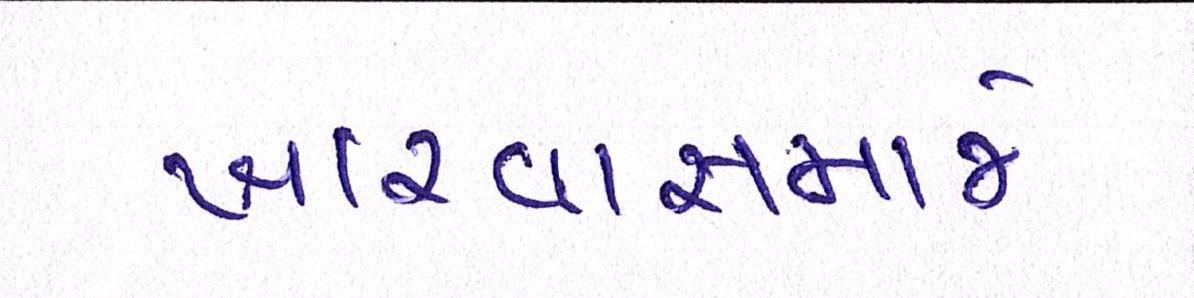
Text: ખારવાસમાજે